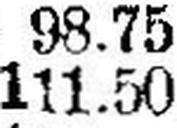
111.50